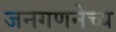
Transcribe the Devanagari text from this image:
जनगणनेच्य